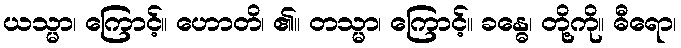
ယသ္မာ၊ ကြောင့်။ ဟောတိ၊ ၏။ တသ္မာ၊ ကြောင့်။ ခန္ဓေ၊ တို့ကို။ ဓီရော၊